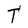
Character: T